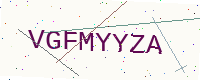
Text: VGFMYYZA